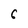
Character: 6